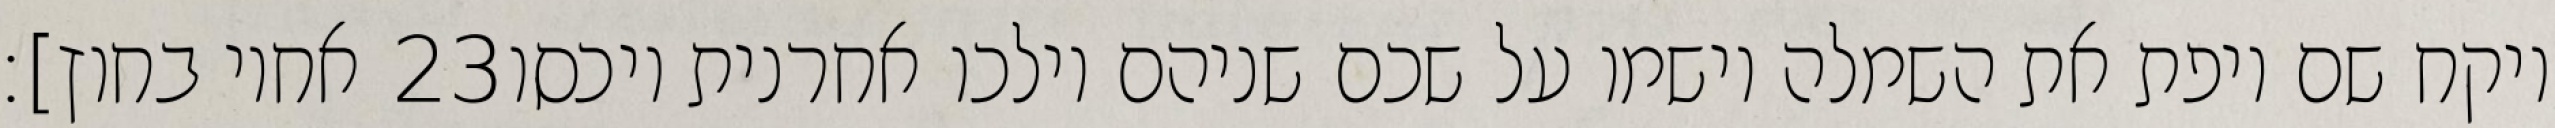
אחיו בחוץ]׃ ‎23‏ ויקח שם ויפת את השמלה וישמו על שכם שניהם וילכו אחרנית ויכסו